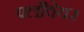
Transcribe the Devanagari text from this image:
फ्लौवेयर